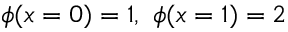
\phi ( x = 0 ) = 1 , ~ \phi ( x = 1 ) = 2